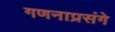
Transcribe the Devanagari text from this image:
गणनाप्रसंगे